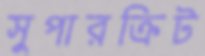
সুপারক্রিট